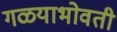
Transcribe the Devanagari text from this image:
गळयाभोवती